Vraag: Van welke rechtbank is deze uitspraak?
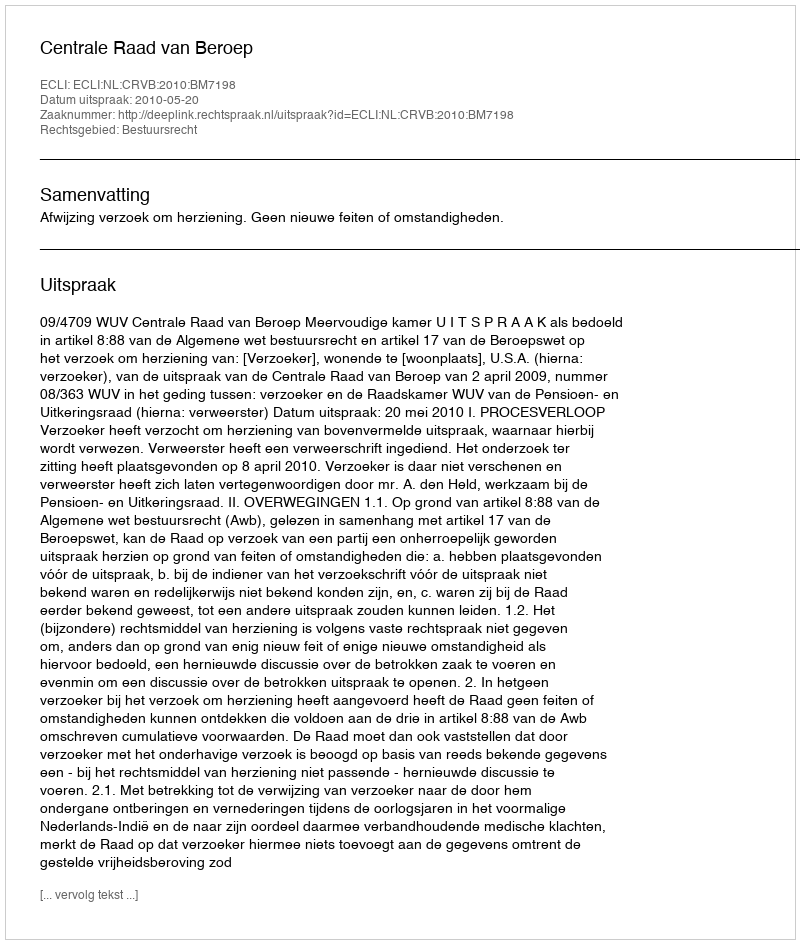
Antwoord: Centrale Raad van Beroep